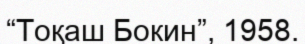
“Тоқаш Бокин”, 1958.